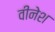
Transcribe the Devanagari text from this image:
वीनेश